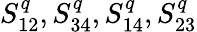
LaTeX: S_{12}^{q},S_{34}^{q},S_{14}^{q},S_{23}^{q}